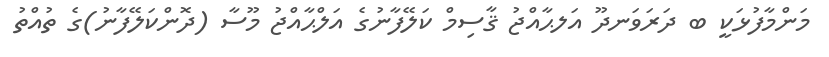
މަންމާފުޅަކީ ބ ދަރަވަނދޫ އަލޙާއްޖު ޤާސިމް ކަލޭފާނުގެ އަލްޙާއްޖު މޫސާ (ދޮންކަލޭފާނު)ގެ ތުއްތު